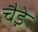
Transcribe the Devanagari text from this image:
चैडे़